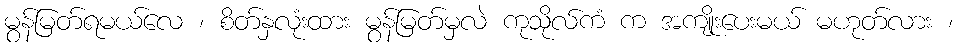
မွန်မြတ်ရမယ်လေ ၊ စိတ်နှလုံးထား မွန်မြတ်မှလဲ ကုသိုလ်ကံ က အကျိုးပေးမယ် မဟုတ်လား ၊